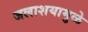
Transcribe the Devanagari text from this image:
जलाशयामुळे